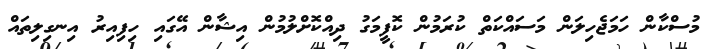
މުސްކާން ހަމަޖެހިލަން މަސައްކަތް ކުރަމުން ކޮފީމަގު ދިއްކޮށްލުމުން އިޝާން އޭގައި ހިފިއިރު އިނގިލިތައް